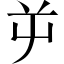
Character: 屰